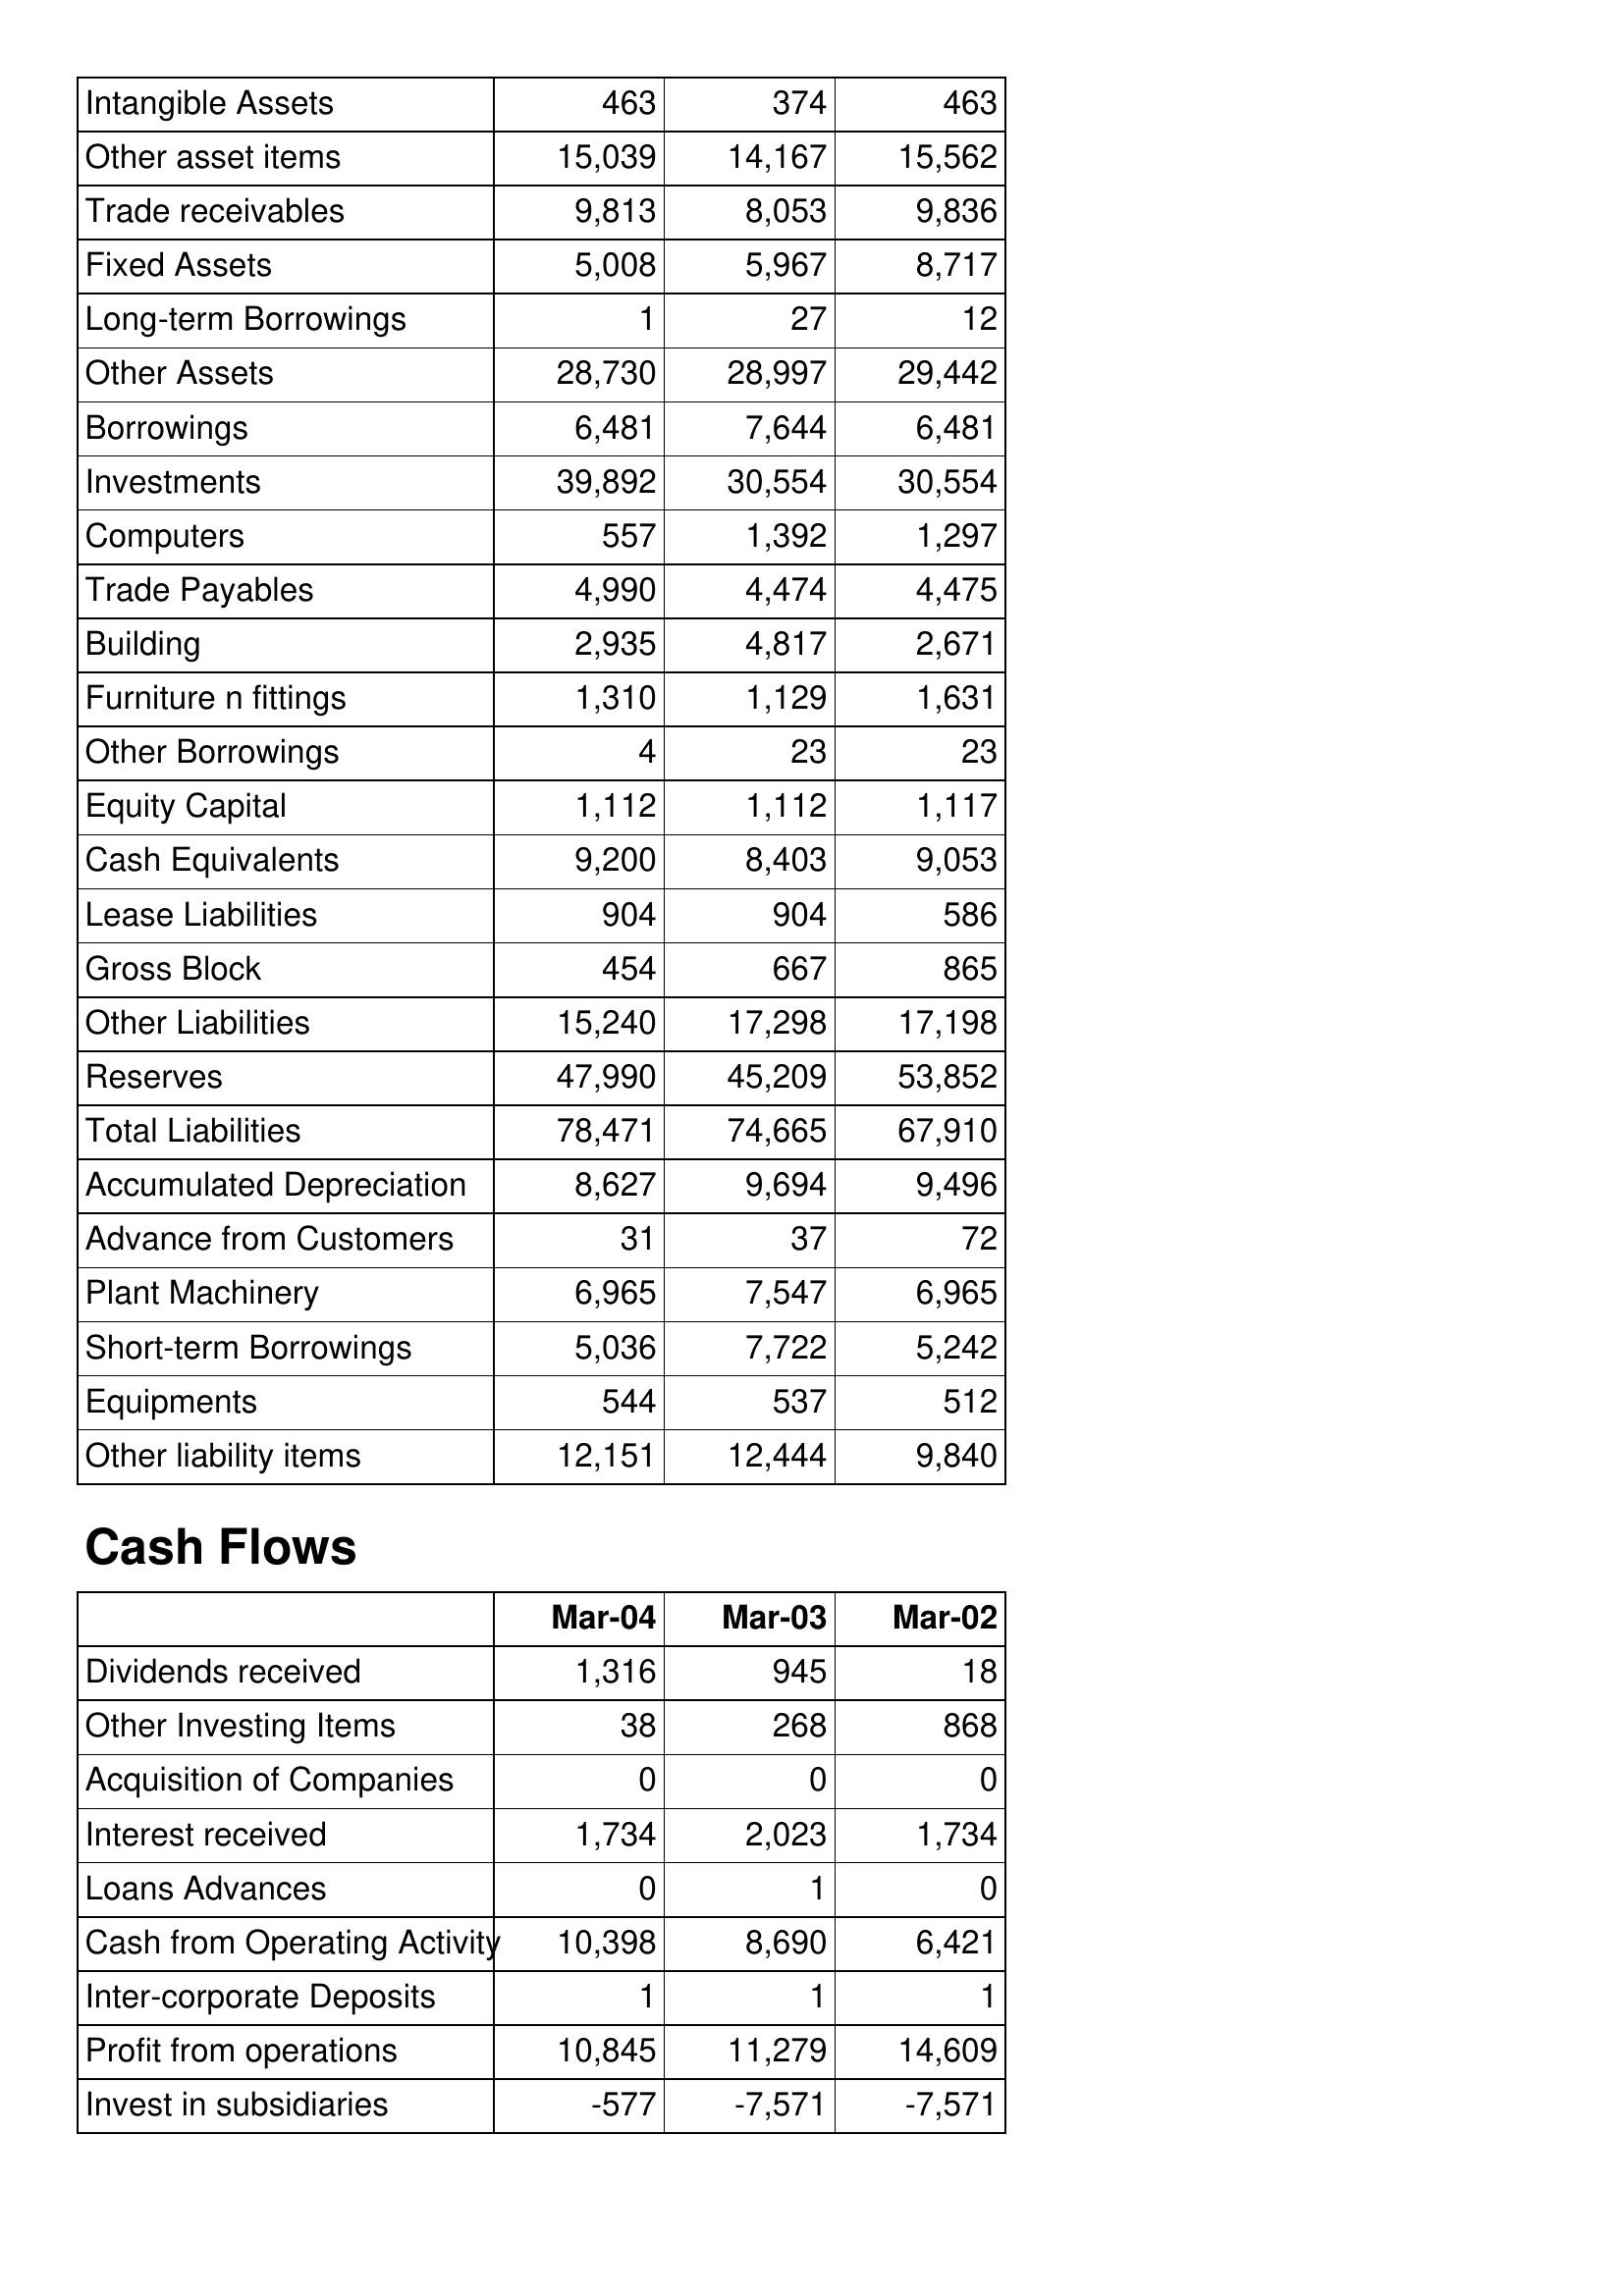
Mar-04: Balance Sheet: Intangible Assets: 463
Other asset items: 15,039
Trade receivables: 9,813
Fixed Assets: 5,008
Long-term Borrowings: 1
Other Assets: 28,730
Borrowings: 6,481
Investments: 39,892
Computers: 557
Trade Payables: 4,990
Building: 2,935
Furniture n fittings: 1,310
Other Borrowings: 4
Equity Capital: 1,112
Cash Equivalents: 9,200
Lease Liabilities: 904
Gross Block: 454
Other Liabilities: 15,240
Reserves: 47,990
Total Liabilities: 78,471
Accumulated Depreciation: 8,627
Advance from Customers: 31
Plant Machinery: 6,965
Short-term Borrowings: 5,036
Equipments: 544
Other liability items: 12,151
Cash Flows: Dividends received: 1,316
Other Investing Items: 38
Acquisition of Companies: 0
Interest received: 1,734
Loans Advances: 0
Cash from Operating Activity: 10,398
Inter-corporate Deposits: 1
Profit from operations: 10,845
Invest in subsidiaries: -577
Mar-03: Balance Sheet: Intangible Assets: 374
Other asset items: 14,167
Trade receivables: 8,053
Fixed Assets: 5,967
Long-term Borrowings: 27
Other Assets: 28,997
Borrowings: 7,644
Investments: 30,554
Computers: 1,392
Trade Payables: 4,474
Building: 4,817
Furniture n fittings: 1,129
Other Borrowings: 23
Equity Capital: 1,112
Cash Equivalents: 8,403
Lease Liabilities: 904
Gross Block: 667
Other Liabilities: 17,298
Reserves: 45,209
Total Liabilities: 74,665
Accumulated Depreciation: 9,694
Advance from Customers: 37
Plant Machinery: 7,547
Short-term Borrowings: 7,722
Equipments: 537
Other liability items: 12,444
Cash Flows: Dividends received: 945
Other Investing Items: 268
Acquisition of Companies: 0
Interest received: 2,023
Loans Advances: 1
Cash from Operating Activity: 8,690
Inter-corporate Deposits: 1
Profit from operations: 11,279
Invest in subsidiaries: -7,571
Mar-02: Balance Sheet: Intangible Assets: 463
Other asset items: 15,562
Trade receivables: 9,836
Fixed Assets: 8,717
Long-term Borrowings: 12
Other Assets: 29,442
Borrowings: 6,481
Investments: 30,554
Computers: 1,297
Trade Payables: 4,475
Building: 2,671
Furniture n fittings: 1,631
Other Borrowings: 23
Equity Capital: 1,117
Cash Equivalents: 9,053
Lease Liabilities: 586
Gross Block: 865
Other Liabilities: 17,198
Reserves: 53,852
Total Liabilities: 67,910
Accumulated Depreciation: 9,496
Advance from Customers: 72
Plant Machinery: 6,965
Short-term Borrowings: 5,242
Equipments: 512
Other liability items: 9,840
Cash Flows: Dividends received: 18
Other Investing Items: 868
Acquisition of Companies: 0
Interest received: 1,734
Loans Advances: 0
Cash from Operating Activity: 6,421
Inter-corporate Deposits: 1
Profit from operations: 14,609
Invest in subsidiaries: -7,571